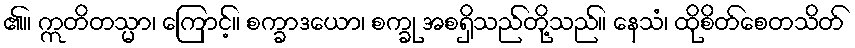
၏။ ဣတိတသ္မာ၊ ကြောင့်။ စက္ခာဒယော၊ စက္ခု အစရှိသည်တို့သည်။ နေသံ၊ ထိုစိတ်စေတသိတ်